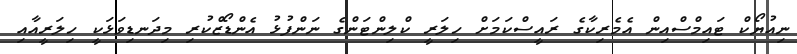
ނިއުޔޯކް ޓައިމްސްއިން އެމެރިކާގެ ރައީސްކަމަށް ހިލަރީ ކްލިންޓަންގެ ނަންފުޅު އެންޑޯޒްކުރި މިދަނޑިވަޅަކީ ހިލަރީއާއި